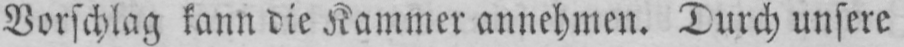
Vorschlag kann die Kammer annehmen. Durch unsere